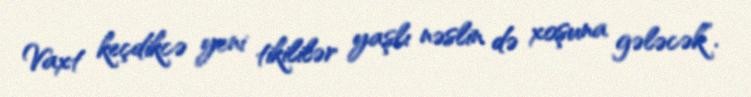
Vaxt keçdikcə yeni tikililər yaşlı nəslin də xoşuna gələcək”.